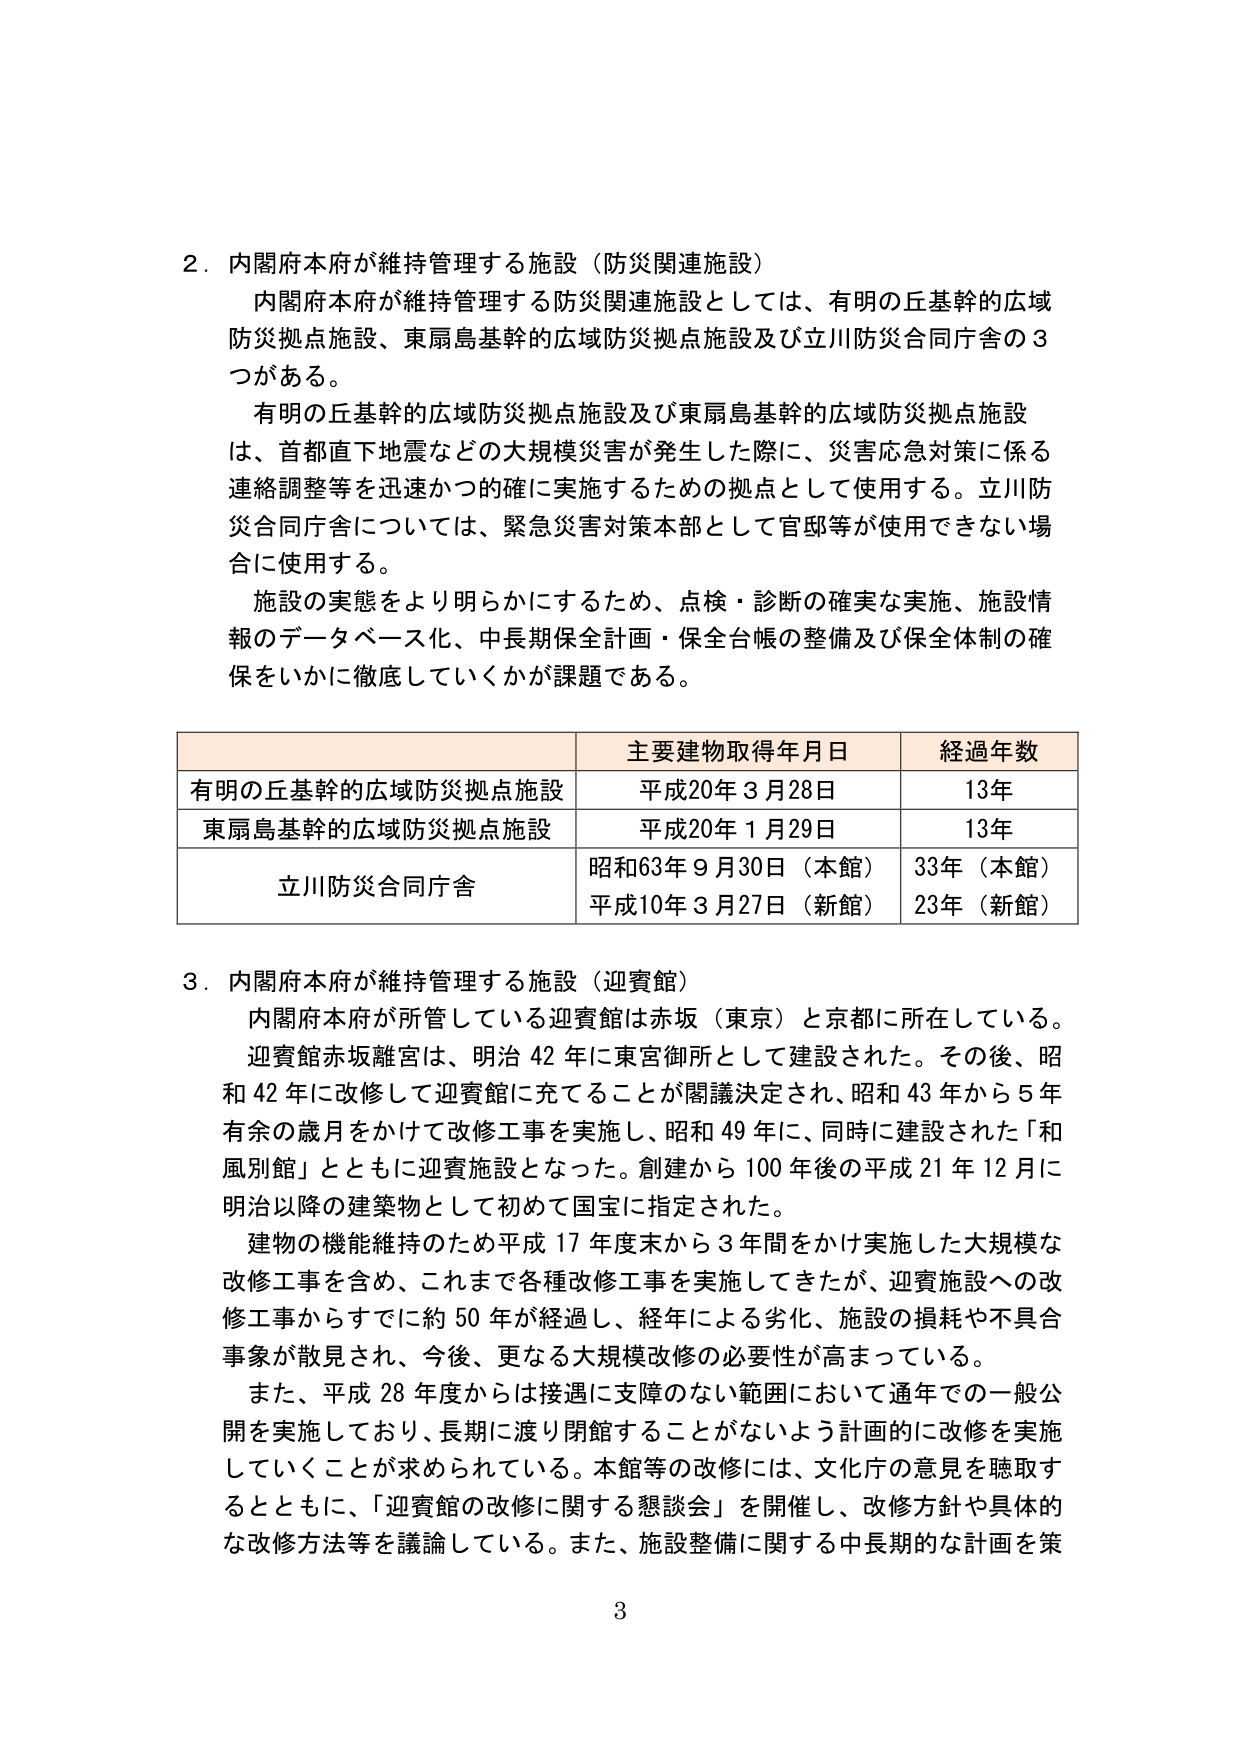
2．内閣府本府が維持管理する施設（防災関連施設）
内閣府本府が維持管理する防災関連施設としては、有明の丘基幹の広域防災拠点施設、東扇島基幹の広域防災拠点施設及び立川防災合同庁舎の3つがある。
有明の丘基幹の広域防災拠点施設及び東扇島基幹の広域防災拠点施設は、首都直下地震などの大規模災害が発生した際に、災害応急対策に係る連絡調整等を迅速かつ的確に実施するための拠点として使用する。立川防災合同庁舎については、緊急災害対策本部として官邸等が使用できない場合に使用する。
施設の実態をより明らかにするため、点検・診断の確実な実施、施設情報のデータベース化、中長期保全計画・保全台帳の整備及び保全体制の確保をいかに徹底していくかが課題である。

主要建物取得年月日 経過年数
有明の丘基幹の広域防災拠点施設 平成20年3月28日 13年
東扇島基幹の広域防災拠点施設 平成20年1月29日 13年
立川防災合同庁舎 昭和63年9月30日（本館） 33年（本館）
平成10年3月27日（新館） 23年（新館）

3．内閣府本府が維持管理する施設（迎賓館）
内閣府本府が所管している迎賓館は赤坂（東京）と京都に所在している。
迎賓館赤坂離宮は、明治42年に東宮御所として建設された。その後、昭和42年に改修して迎賓館に充てることが閣議決定され、昭和43年から5年有余の歳月をかけて改修工事を実施し、昭和49年に、同時に建設された「和風別館」とともに迎賓施設となった。創建から100年後の平成21年12月に明治以降の建築物として初めて国宝に指定された。
建物の機能維持のため平成17年度末から3年間をかけ実施した大規模な改修工事を含め、これまで各種改修工事を実施してきたが、迎賓施設への改修工事からすでに約50年が経過し、経年による劣化、施設の損耗や不具合事象が散見され、今後、更なる大規模改修の必要性が高まっている。
また、平成28年度からは接遇に支障のない範囲において通年での一般公開を実施しており、長期に渡り閉館することがないよう計画的に改修を実施していくことが求められている。本館等の改修には、文化庁の意見を聴取するとともに、「迎賓館の改修に関する懇談会」を開催し、改修方針や具体的な改修方法等を議論している。また、施設整備に関する中長期的な計画を策

3